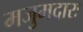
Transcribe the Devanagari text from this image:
मजुमदारः